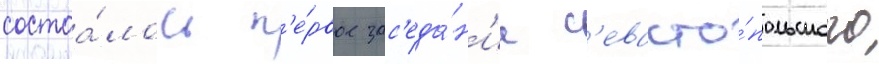
состоа́лось п'е́рвое зас'еда́н'ие с'евасто́польского